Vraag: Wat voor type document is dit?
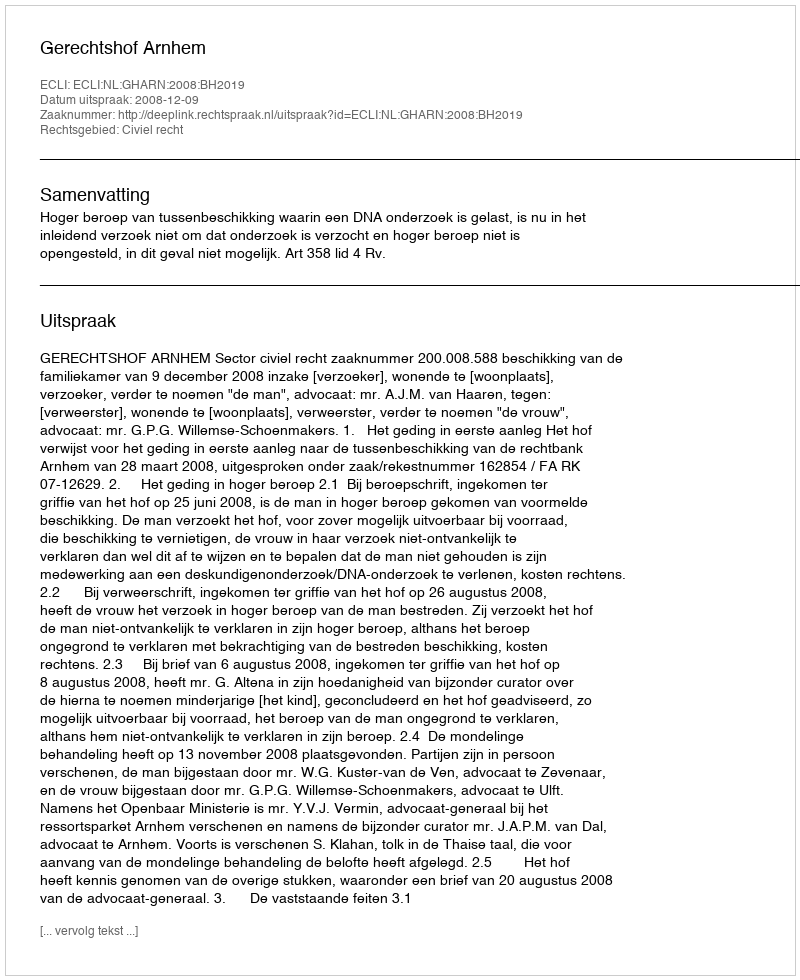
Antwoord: Uitspraak